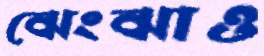
ঝেংঝাও